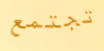
تجتمع